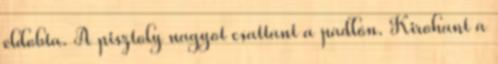
eldobta. A pisztoly nagyot csattant a padlón. Kirohant a